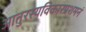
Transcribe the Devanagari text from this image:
आतुरस्यविकारप्रशमनं